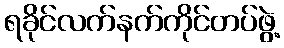
ရခိုင်လက်နက်ကိုင်တပ်ဖွဲ့